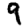
Digit: 9